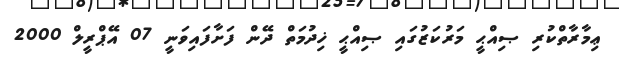
ޢިމާރާތްކުރި ޞިއްޙީ މަރުކަޒުގައި ޞިއްޙީ ޚިދުމަތް ދޭން ފަށާފައިވަނީ 07 އޭޕްރީލް 2000